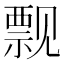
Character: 𫌬